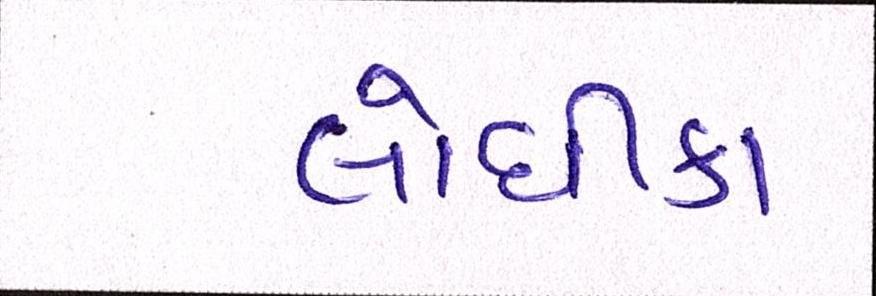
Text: લોધીકા